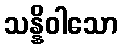
သန္နိဝါသော